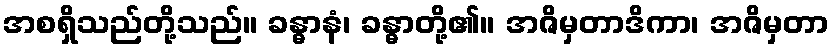
အစရှိသည်တို့သည်။ ခန္ဓာနံ၊ ခန္ဓာတို့၏။ အဇိမှတာဒိကာ၊ အဇိမှတာ